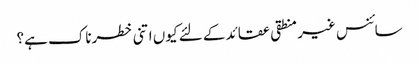
سائنس غیر منطقی عقائد کے لئے کیوں اتنی خطرناک ہے؟